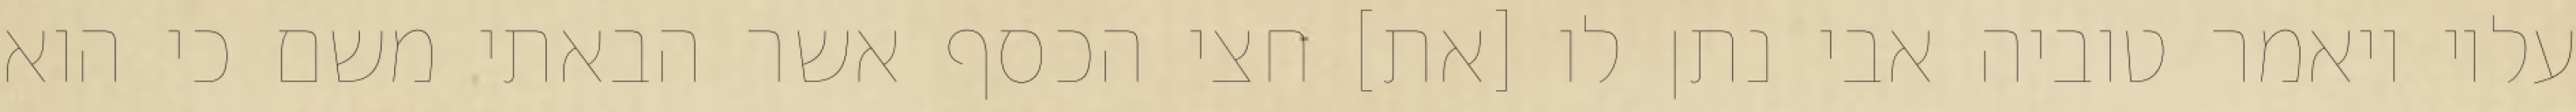
עליו ויאמר טוביה אבי נתן לו [את] חצי הכסף אשר הבאתי משם כי הוא